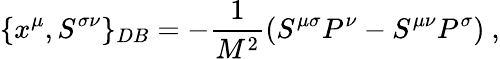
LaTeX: \{ x^{\mu},S^{\sigma\nu}\} _{DB}=-\frac{1}{M^{2}}(S^{\mu\sigma}P^{\nu}-S^{\mu\nu}P^{\sigma})~,